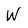
Character: w